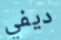
ديفي